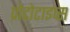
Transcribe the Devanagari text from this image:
प्रोटोटाइप्स